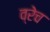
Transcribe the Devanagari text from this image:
व्रेच